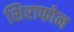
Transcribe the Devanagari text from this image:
शिराफोन